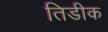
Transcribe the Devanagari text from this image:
तिडीक